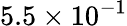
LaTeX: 5.5\times 10^{-1}